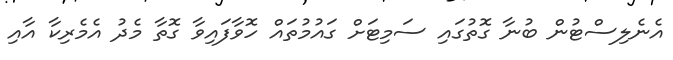
އެނެލިސްޓުން ބުނާ ގޮތުގައި ސަމިޓަށް ގައުމުތައް ހޮވާފައިވާ ގޮތާ މެދު އެމެރިކާ އާއި